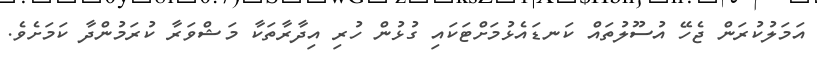
އަމަލުކުރަން ޖެހޭ އުސޫލުތައް ކަނޑައެޅުމަށްޓަކައި ގުޅުން ހުރި އިދާރާތަކާ މަޝްވަރާ ކުރަމުންދާ ކަމަށެވެ.